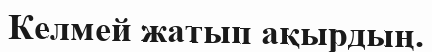
Келмей жатып ақырдың.